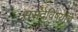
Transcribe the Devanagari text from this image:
संसदेविषयीचे